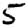
Digit: 5